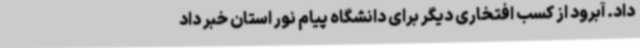
داد. آبرود از کسب افتخاری دیگر برای دانشگاه پیام نور استان خبر داد